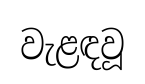
වැළඳවූ